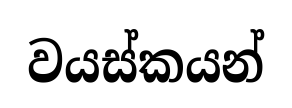
වයස්කයන්